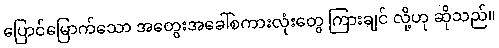
ပြောင်မြောက်သော အတွေးအခေါ်စကားလုံးတွေ ကြားချင် လို့ဟု ဆိုသည်။